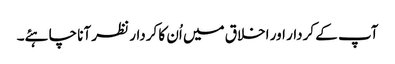
آپ کے کردار اور اخلاق میں اُن کا کردار نظر آنا چاہئے۔